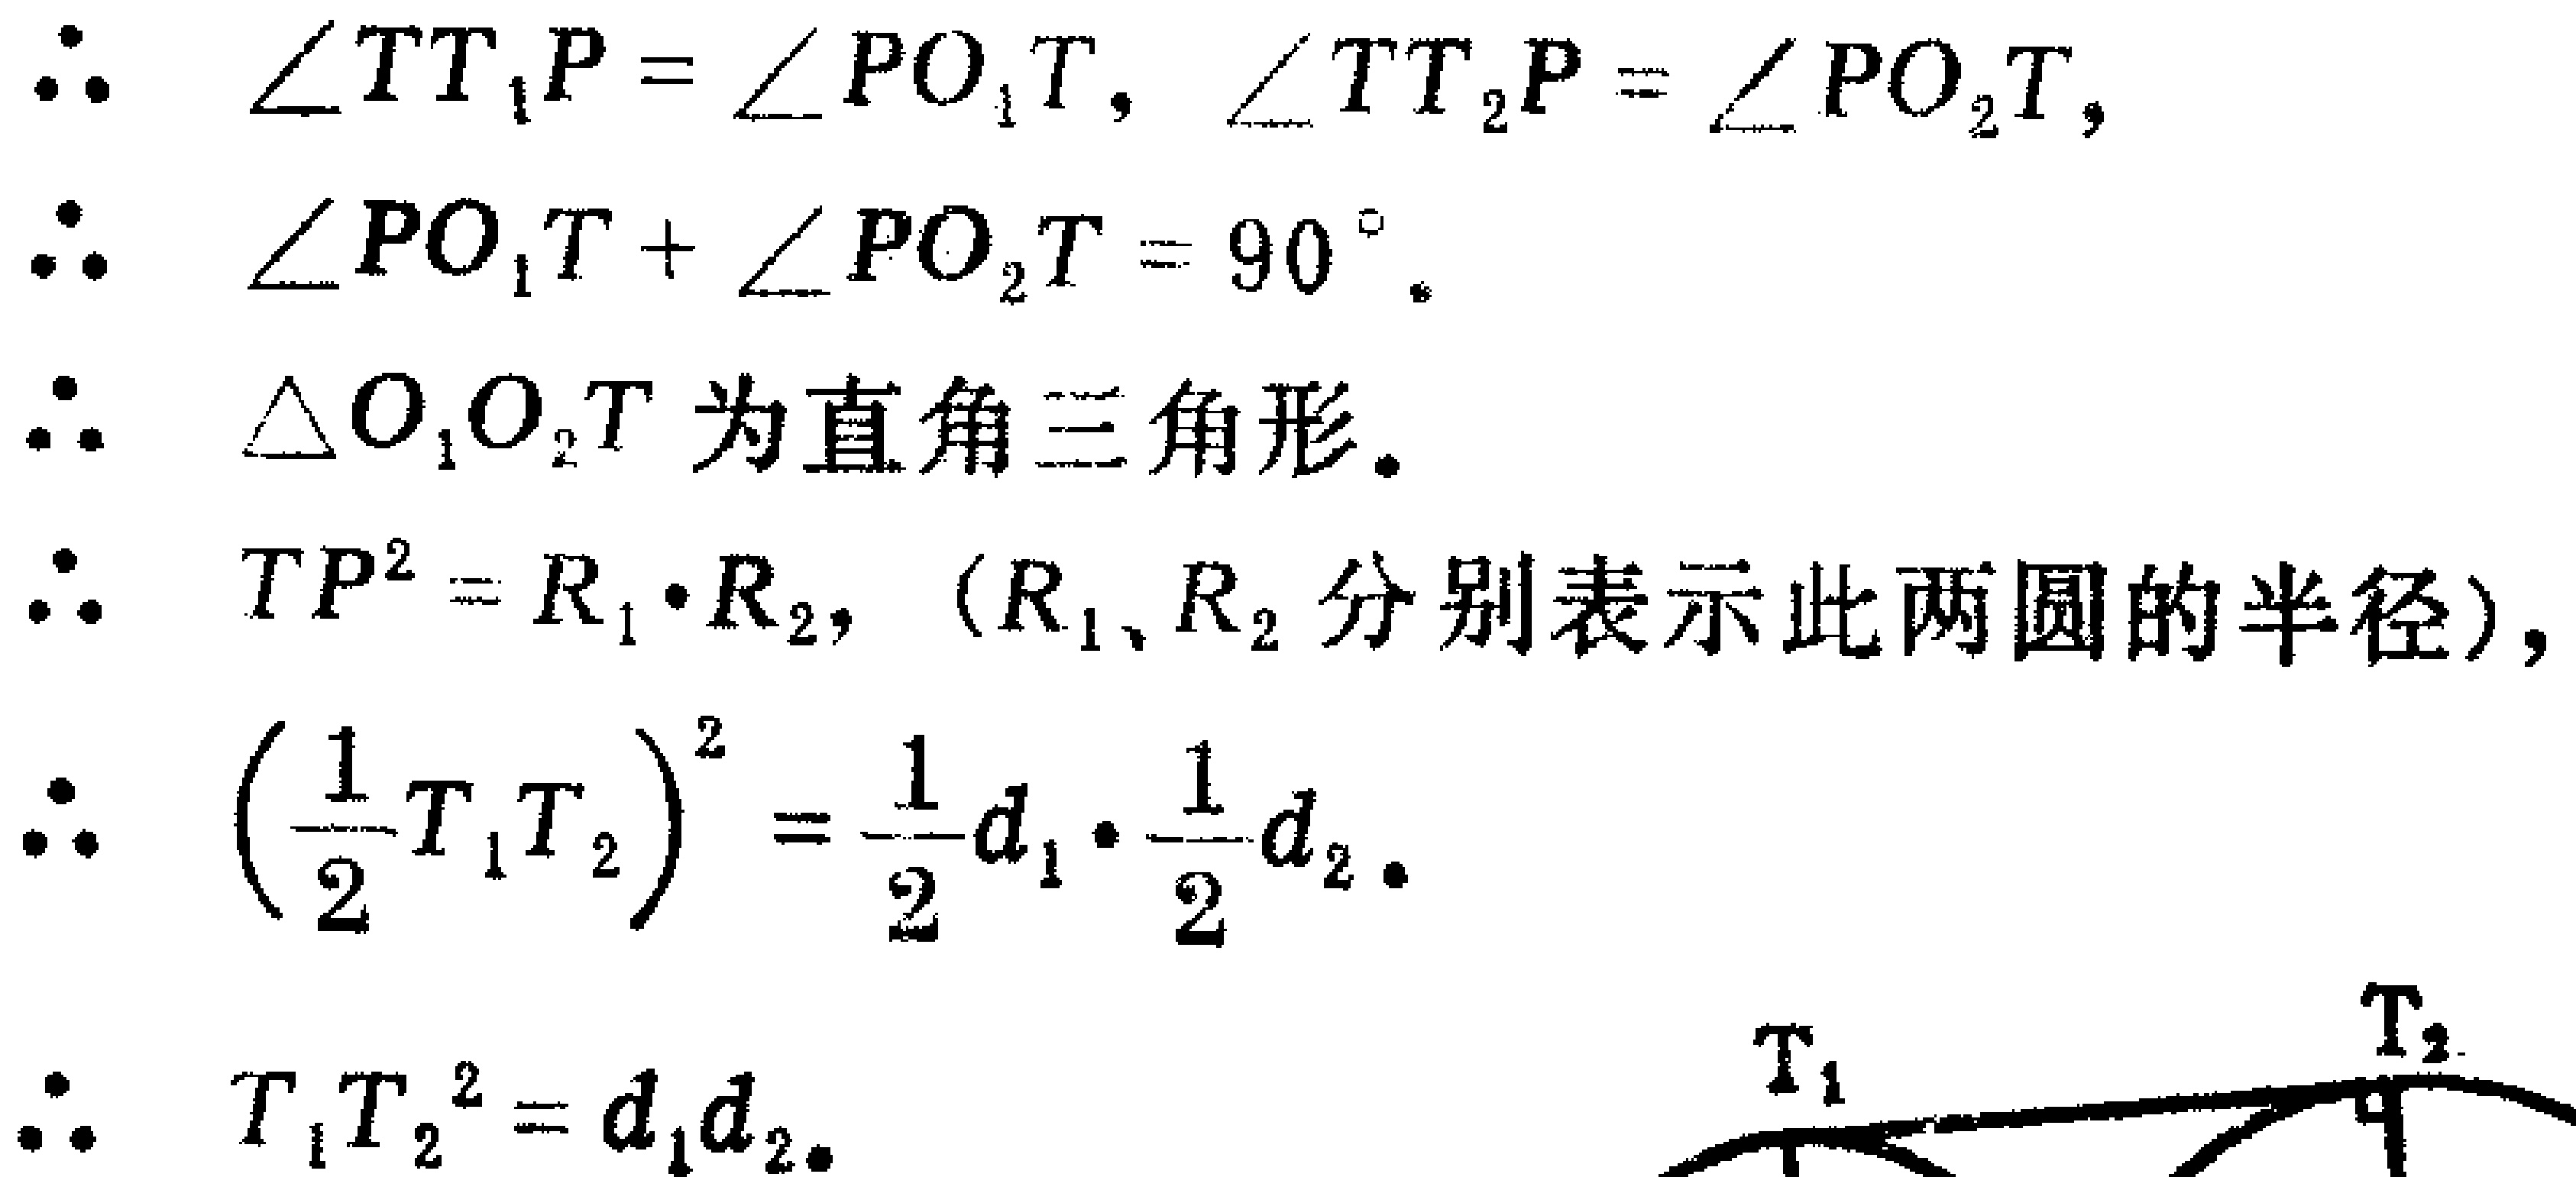
\begin{align*}
&\therefore\quad \angle TT_{1}P = \angle PO_{1}T, \angle TT_{2}P = \angle PO_{2}T,\\
&\therefore\quad \angle PO_{1}T + \angle PO_{2}T = 90^{\circ}.\\
&\therefore\quad \triangle O_{1}O_{2}T\text{ 为直角三角形}.\\
&\therefore\quad TP^{2} = R_{1}\cdot R_{2}, \ (R_{1}、R_{2}\text{ 分别表示此两圆的半径}),\\
&\therefore\quad \left(\frac{1}{2}T_{1}T_{2}\right)^{2} = \frac{1}{2}d_{1}\cdot\frac{1}{2}d_{2}.\\
&\therefore\quad T_{1}T_{2}^{2} = d_{1}d_{2}.
\end{align*}